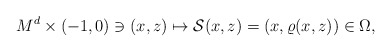
\begin{align*}M^d\times (-1, 0)\ni (x, z)\mapsto \mathcal{S}(x, z)=(x, \varrho(x, z))\in \Omega,\end{align*}